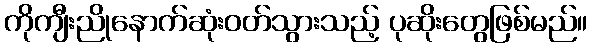
ကိုကျီးညိုနောက်ဆုံးဝတ်သွားသည့် ပုဆိုးတွေဖြစ်မည်။